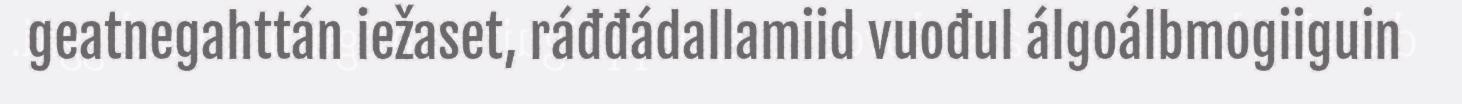
geatnegahttán iežaset, ráđđádallamiid vuođul álgoálbmogiiguin